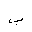
Letter: _ba